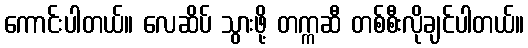
ကောင်းပါတယ်။ လေဆိပ် သွားဖို့ တက္ကဆီ တစ်စီးလိုချင်ပါတယ်။